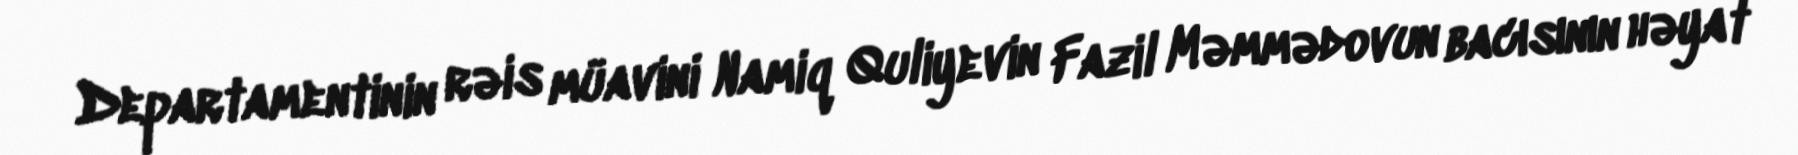
Departamentinin rəis müavini Namiq Quliyevin Fazil Məmmədovun bacısının həyat